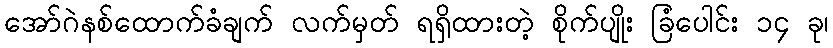
အော်ဂဲနစ်ထောက်ခံချက် လက်မှတ် ရရှိထားတဲ့ စိုက်ပျိုး ခြံပေါင်း ၁၄ ခု၊